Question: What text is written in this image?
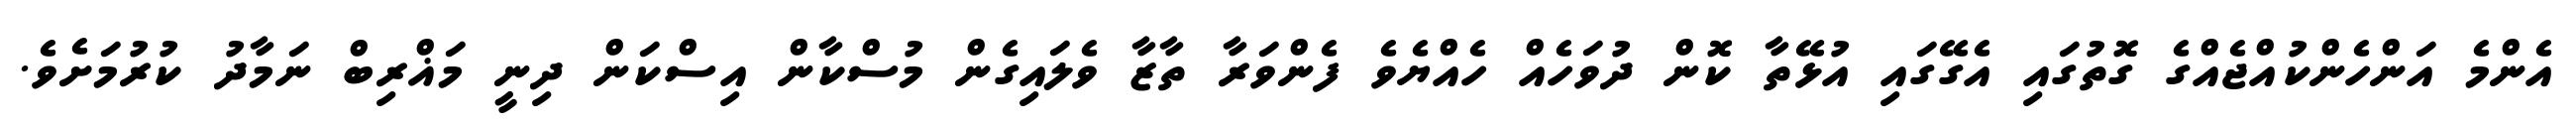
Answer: އެންމެ އަންހެންކުއްޖެއްގެ ގޮތުގައި އެގޭގައި އުޅޭތާ ކޮން ދުވަހެއް ހެއްޔެވެ ފެންވަރާ ތާޒާ ވެލައިގެން މުސްކާން އިސްކަން ދިނީ މަޣްރިބް ނަމާދު ކުރުމަށެވެ.